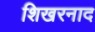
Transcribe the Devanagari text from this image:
शिखरनाद